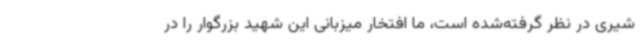
شیری در نظر گرفته‌شده است، ما افتخار میزبانی این شهید بزرگوار را در